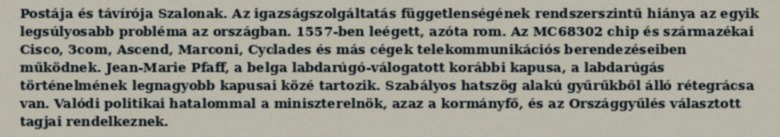
Postája és távírója Szalonak. Az igazságszolgáltatás függetlenségének rendszerszintű hiánya az egyik legsúlyosabb probléma az országban. 1557-ben leégett, azóta rom. Az MC68302 chip és származékai Cisco, 3com, Ascend, Marconi, Cyclades és más cégek telekommunikációs berendezéseiben működnek. Jean-Marie Pfaff, a belga labdarúgó-válogatott korábbi kapusa, a labdarúgás történelmének legnagyobb kapusai közé tartozik. Szabályos hatszög alakú gyűrűkből álló rétegrácsa van. Valódi politikai hatalommal a miniszterelnök, azaz a kormányfő, és az Országgyűlés választott tagjai rendelkeznek.